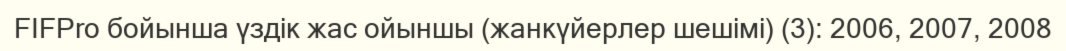
FIFPro бойынша үздік жас ойыншы (жанкүйерлер шешімі) (3): 2006, 2007, 2008